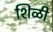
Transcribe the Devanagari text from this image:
शिळी